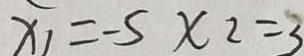
x _ { 1 } = - 5 x _ { 2 } = 3